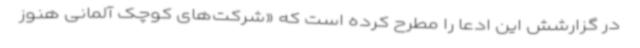
در گزارشش این ادعا را مطرح کرده است که «شرکت‌های کوچک آلمانی هنوز